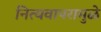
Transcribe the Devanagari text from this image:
नित्यवापरामुळे